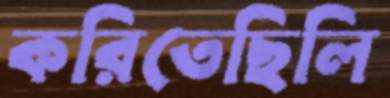
করিতেছিলি